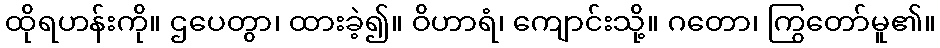
ထိုရဟန်းကို။ ဌပေတွာ၊ ထားခဲ့၍။ ဝိဟာရံ၊ ကျောင်းသို့။ ဂတော၊ ကြွတော်မူ၏။